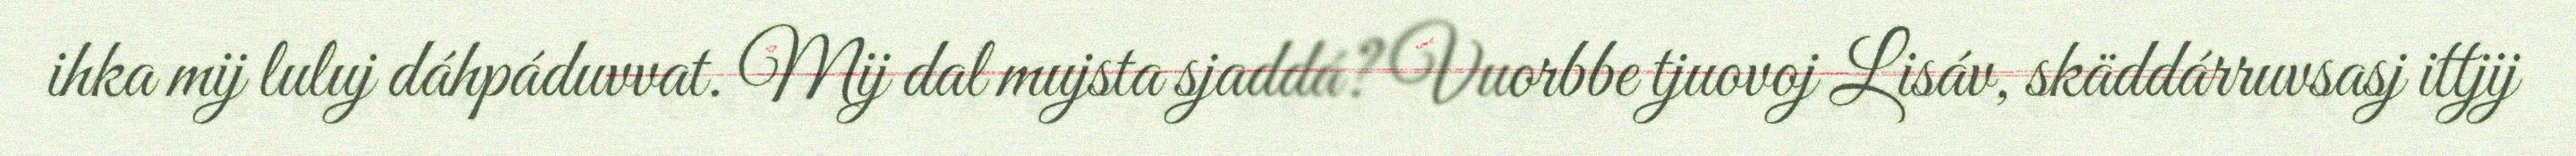
ihka mij luluj dáhpáduvvat. Mij dal mujsta sjaddá? Vuorbbe tjuovoj Lisáv, skäddárruvsasj ittjij